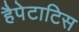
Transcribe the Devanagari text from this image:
हैपेटाटिस